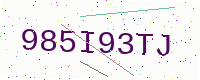
Text: 985I93TJ